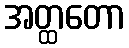
အတ္ထတော